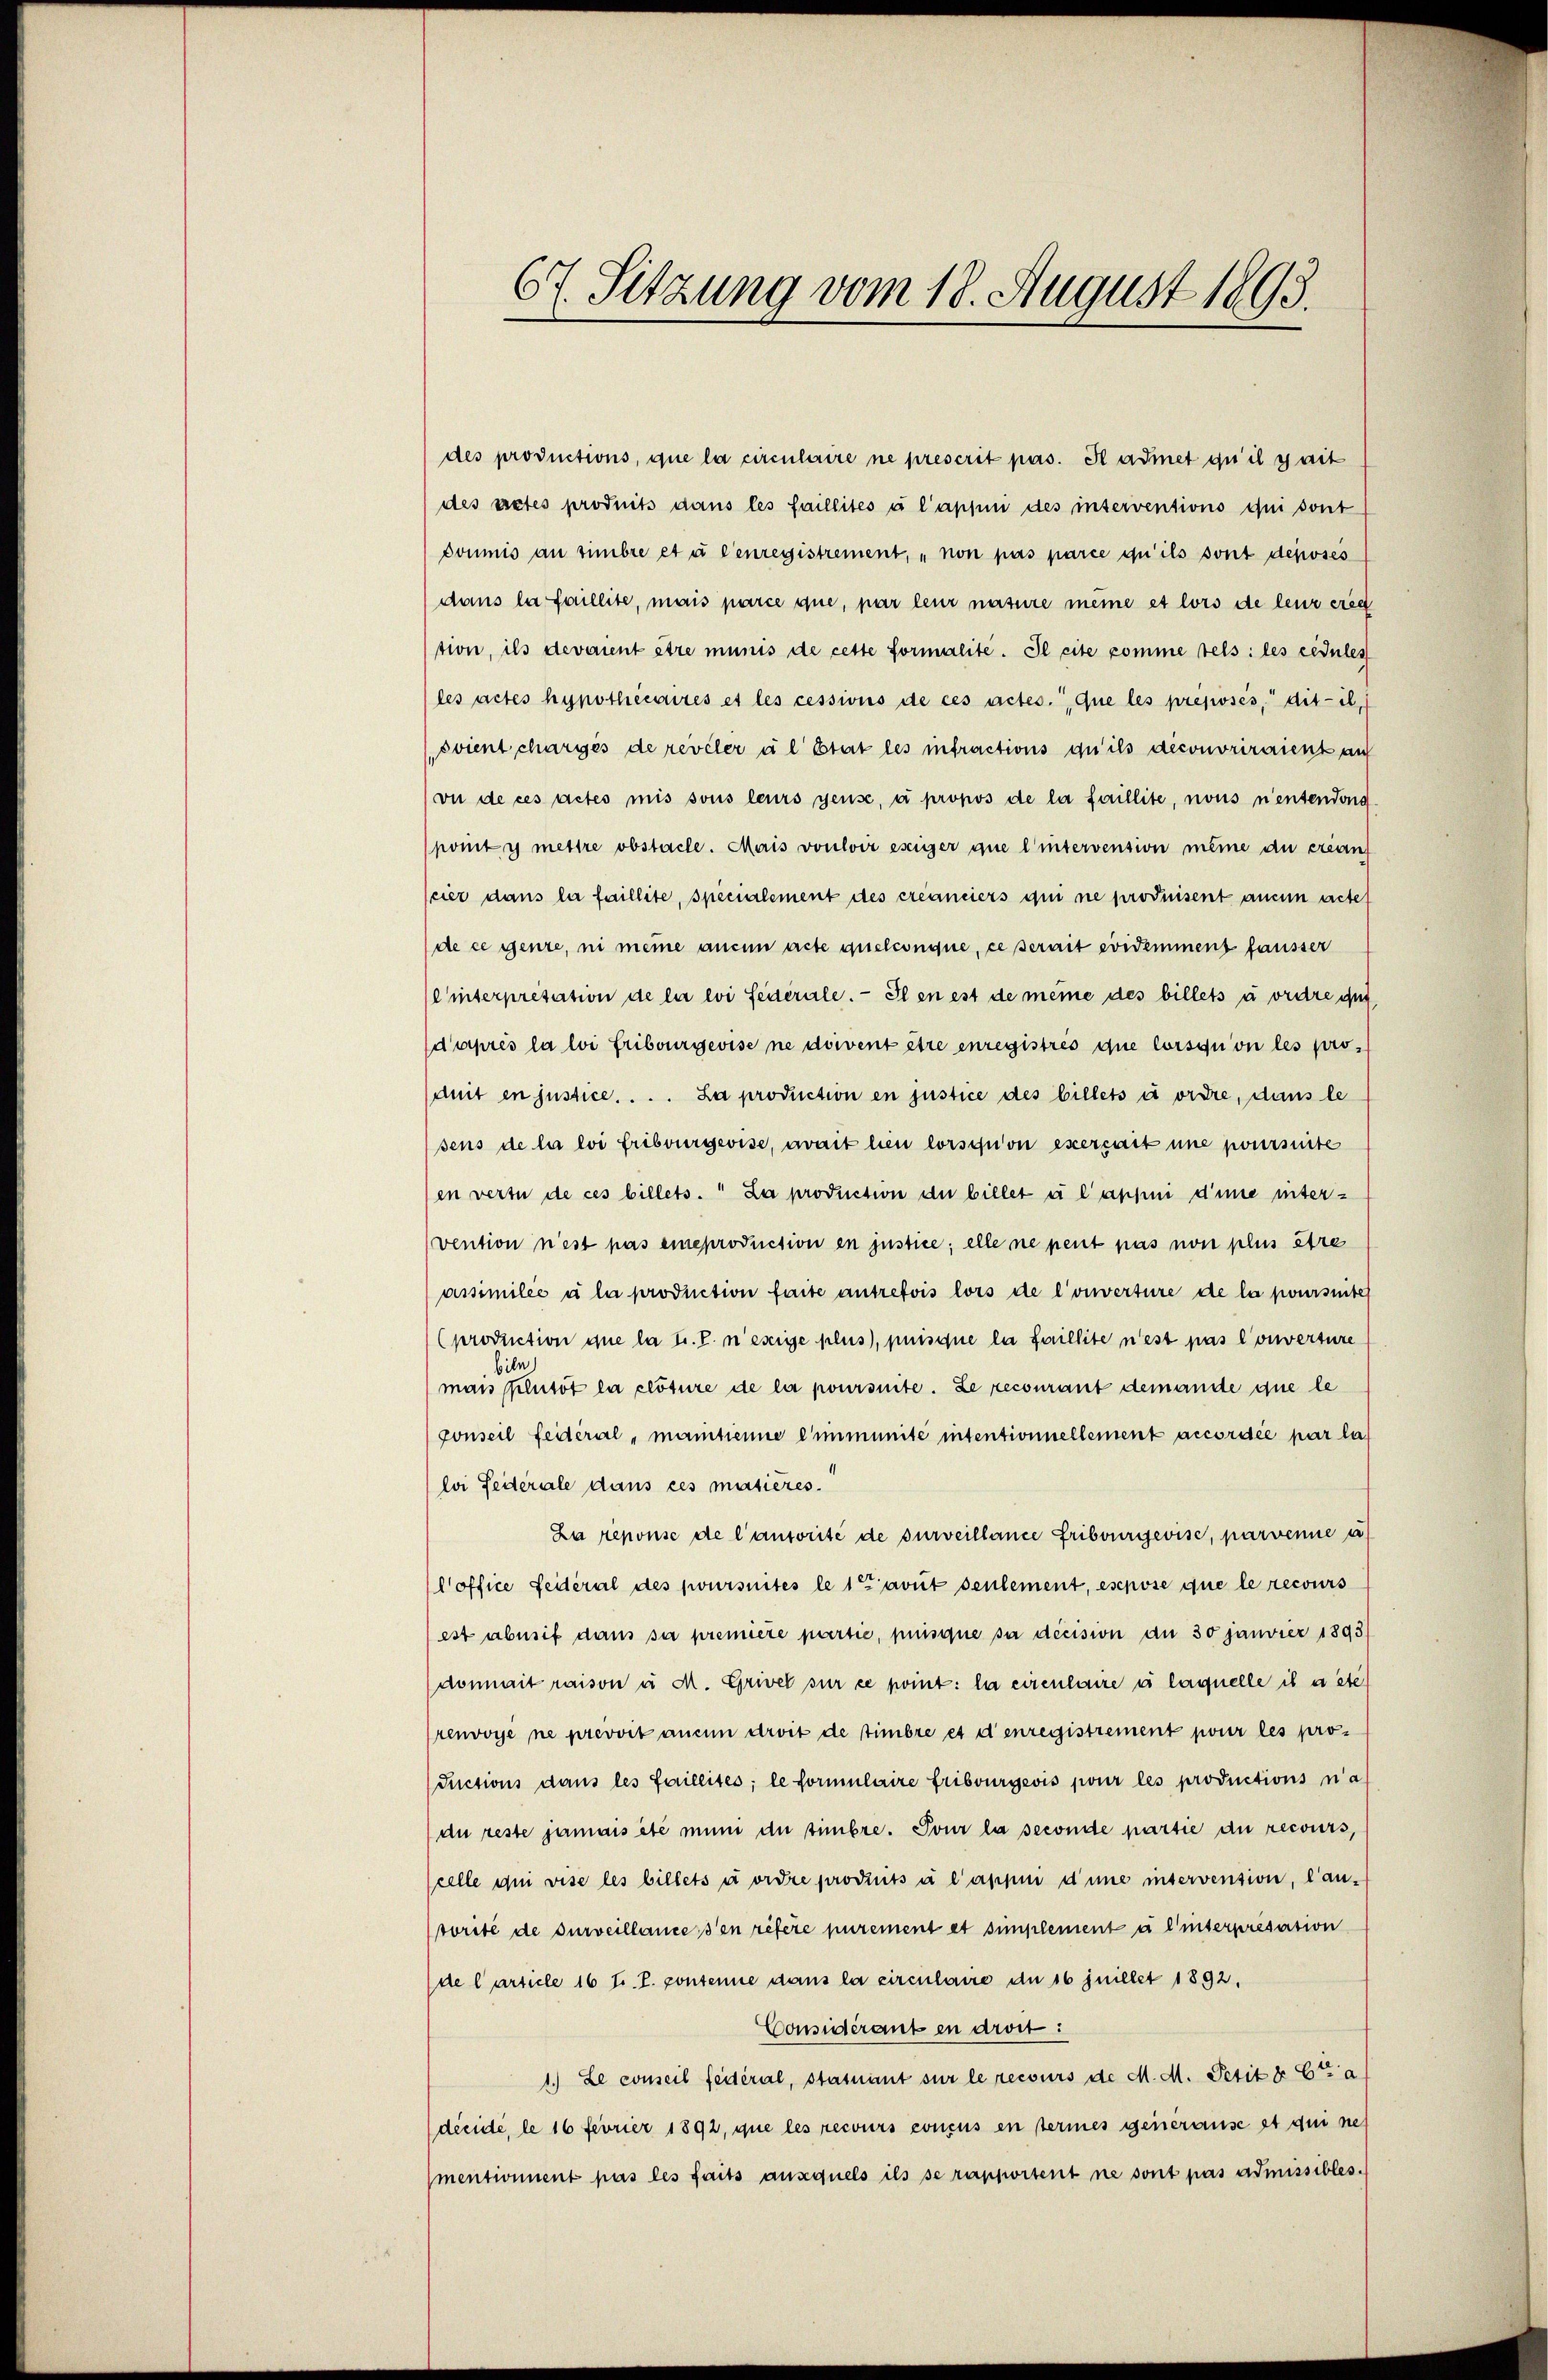
67. Sitzung vom 18. August 1893.

des productions, que la circulaire ne prescrit pas. Il admet qu’il y ait
des actes produits dans les faillités à l’appen des interventions qui sont
soumis an simbre et à l’enregistrement, „non pas parce qu’ils sont déposes
dans la faillite, mais parce que, par leur nature meine et lors de leur erg
tion, ils devaient être munis de cette formalite. Il cite komme tels: les cédules
les actes hypothécaires et les cessions de ces actes, que les preposés, dit-il
svient chargés de reveler à l’Etat les infractions qu’ils deconoriraient auf
vue de ces actes mis sous leurs gense, a propos de la faillite, nous nentendons
poity mettre obstacle. Mais vouloir esiger que l’intervension meine du créan
scier dans la faillite, specialement des créanciers qui ne produisent aucun acte
de ce genre, ni meine anein acte quelconque, ce serait evidemment fausser
linterpretation de lie evi Feuerale. Il en est de meine des billets à ordre dur
d’après la loi fribourgeoise ne doivent être enregistrés que lorsqu’on les proamit en justice. ... La production en justice des billets in ordre, dans le
sens de la loi fribourgevise, avait lieu lorsqu’on exercart une poursuite
en vertu de ces billets. La production der billet u l’appui d’une inter-
(vention n’est pas eineproduction en justice; elle ne peut pas non plus être
assimilée à la production faite antrefois lors de l’ouverture de la poursinte
production que la t. P. n’exige plus), puisque la faillite n’est pas Converture
bild
mais phtot la clôture de la poursuite. Le recourant demande que le
gonseil feiteral - mantienne eimmunité intentionnellement accordée par la
loi Federale dans ces matières.
La reponse de l’autorité de surveillance Fribourgevise, parvenue a
Coffice Seiteral des joursuites le 1 avut seulement, eschose que le recours
est abnsit dans sa première partie, puisque sa décision an 30 Janvier 1893
donnait raison a M. Grivet sur ce point: la einenlaire à laquelle il a ste
renvoye ne prevvit aucun droit de simbre es denregistrement pour les pro-
ductions dans les faillites; le formulaire Fribourgeois pour les productions n’a
au reste jamais été muni die timbre. Pour la seconde partie du recours,
scelle ihm vise les billets u ordre produits à l’appui d’une intervension, lau-
torité de surveillance s’en refere purement et simplement à l’interpresation
(de l’article 16 t. P. consenne dans la circulaire de 16 juillet 1892.
Considérant en droit :
1.) Le conseil fédéral, statuant sur le recours de M. M. Petit 8 Et a
décidé, le 16 feurier 1892, que les recours conçus en steries generause et qui ne
mentionnent pas les faits ausquels ils se rapportent ne sont pas admissibles.